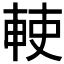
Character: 𠦱